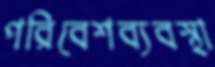
পরিবেশব্যবস্থা